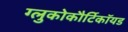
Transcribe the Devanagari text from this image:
ग्लुकोकौर्टिकॉयड